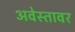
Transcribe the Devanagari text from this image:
अवेस्तावर